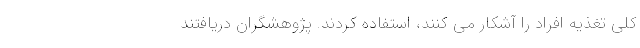
کلی تغذیه افراد را آشکار می کنند، استفاده کردند. پژوهشگران دریافتند